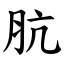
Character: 肮